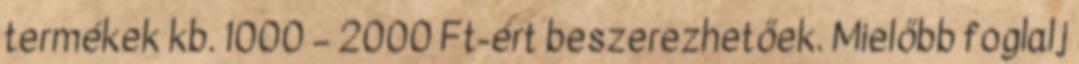
termékek kb. 1000 – 2000 Ft-ért beszerezhetőek. Mielőbb foglalj